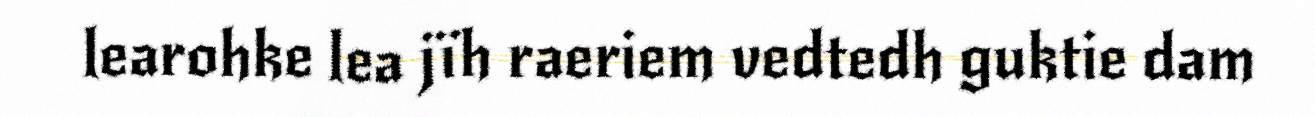
learohke lea jïh raeriem vedtedh guktie dam